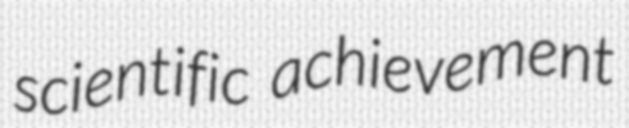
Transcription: scientific achievement